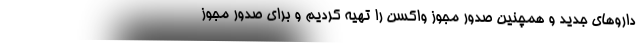
داروهای جدید و همچنین صدور مجوز واکسن را تهیه کردیم و برای صدور مجوز